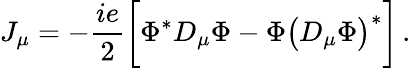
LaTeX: J_{\mu}=-{\frac{ie}{2}}\bigg[\Phi^{\ast}D_{\mu}\Phi-\Phi\big(D_{\mu}\Phi\big)^{\ast}\bigg]\, .